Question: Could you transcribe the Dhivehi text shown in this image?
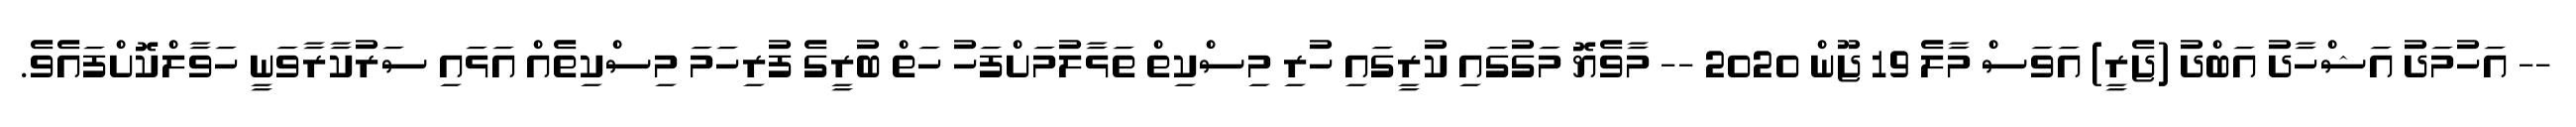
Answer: -- އަހުމަދު އަޝްހާދު އަބްދު (ޖެރީ) އަވަސް މާލެ 19 ޖޫން 2020 -- މާވެޔޮ މަގުގައި ކުރީގައި ހުރި މިސްކިތް ތަޅާލުމަށްފަހު ހަތް ބުރީގެ ފުރިހަމަ މިސްކިތެއް އަޅައި ސަރުކާރާވަނީ ހަވާލްކޮށްފައެވެ.